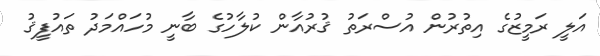
އަލީ ރަމީޒުގެ އިތުރުން އުސްރަތު ޤުރުއާން ކުލާހުގެ ބާނީ މުހައްމަދު ތައުފީޤު